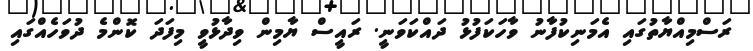
ރަސްމިއްޔާތުގައި އެމަނިކުފާނު ވާހަކަފުޅު ދައްކަވަނީ. ރައީސް ޔާމިން ވިދާޅުވީ މިފަދަ ކޮންމެ ދުވަހެއްގައި